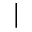
\vert